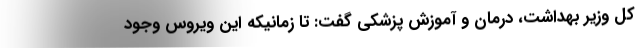
کل وزیر بهداشت، درمان و آموزش پزشکی گفت: تا زمانیکه این ویروس وجود